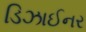
ડિઝાઈનર